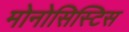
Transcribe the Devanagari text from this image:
मोनोसिस्टिस